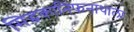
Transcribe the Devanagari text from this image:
सिद्धकानिफनाथाला